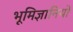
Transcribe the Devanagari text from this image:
भूमिज्ञानियों